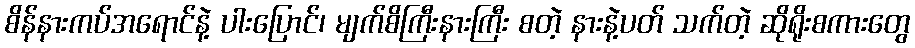
စိန်နားကပ်အရောင်နဲ့ ပါးပြောင်၊ မျက်စိကြီးနားကြီး စတဲ့ နားနဲ့ပတ် သက်တဲ့ ဆိုရိုးစကားတွေ